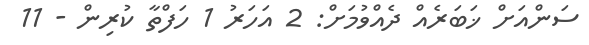
ސަންއަށް ޚަބަރެއް ދެއްވުމަށް: 2 އަހަރު 1 ހަފްތާ ކުރިން - 11